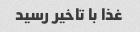
غذا با تاخیر رسید